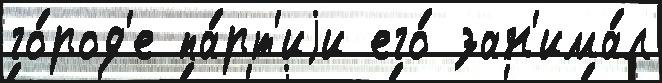
го́род'е па́рт'иjи его́ зан'има́л